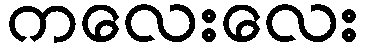
ကလေးလေး